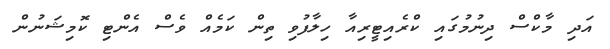
އަދި މާކްސް ދިނުމުގައި ކްރެއިޓީރިއާ ހިލާފުވި ތިން ކަމެއް ވެސް އެންޓި ކޮމިޝަނުން